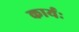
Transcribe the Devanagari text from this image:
कार्यः